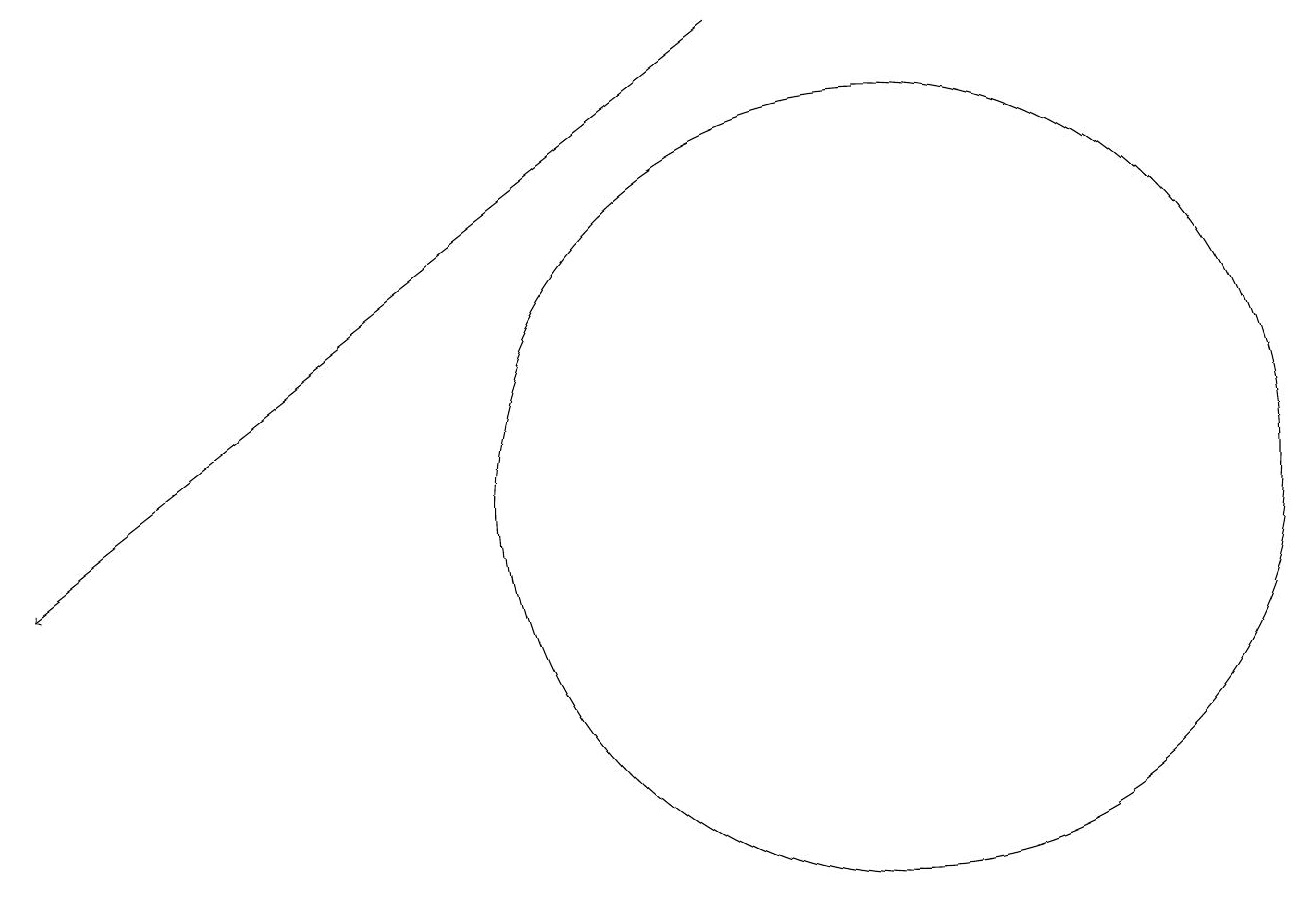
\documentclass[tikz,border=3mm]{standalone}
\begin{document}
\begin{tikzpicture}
\draw[->] (9,18) -- (0,11);
\draw (11,12) circle (5);
\draw (12,10) circle (0);
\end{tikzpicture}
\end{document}